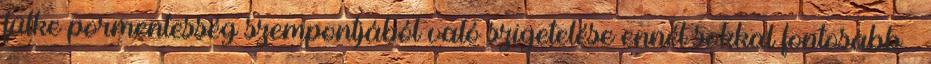
fülke pormentesség szempontjából való szigetelése ennél sokkal fontosabb –